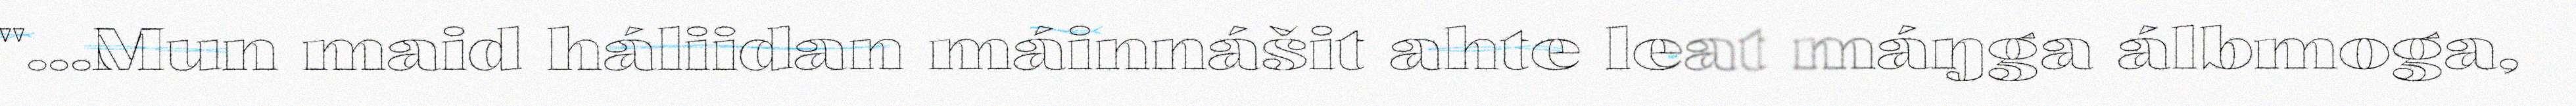
"...Mun maid háliidan máinnášit ahte leat máŋga álbmoga,